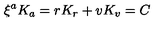
\xi ^ { a } K _ { a } = r K _ { r } + v K _ { v } = C